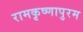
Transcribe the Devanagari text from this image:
रामकृष्णापुरम